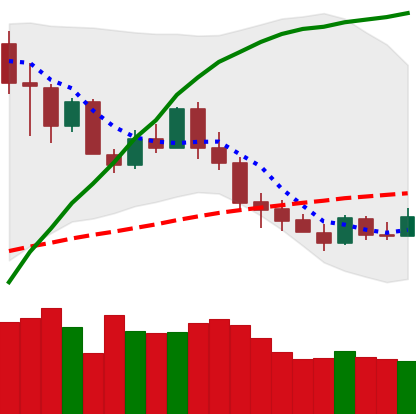
Ticker: XMR-USD
Chart end date: 2020-03-05
Forward return: -19.93%
Label: down_7plus